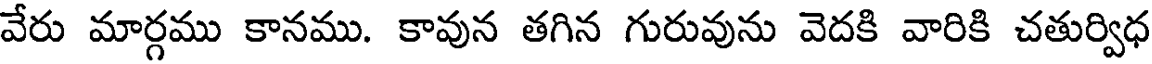
వేరు మార్గము కానము. కావున తగిన గురువును వెదకి వారికి చతుర్విధ